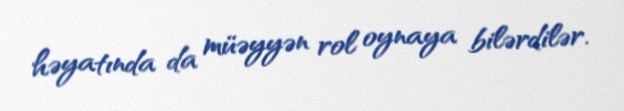
həyatında da müəyyən rol oynaya bilərdilər.